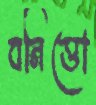
বনিত্তো